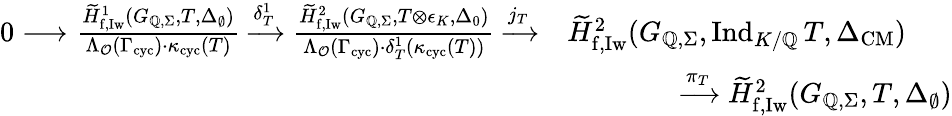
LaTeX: \begin{array}{r}{\begin{array}{rl}{0\longrightarrow\frac{\widetilde{H}_{\mathrm{f,Iw}}^{1}(G_{\mathbb{Q},\Sigma},T,\Delta_{\emptyset})}{\Lambda_{\mathcal{O}}(\Gamma_{\textup{cyc}})\cdot\kappa_{\textup{cyc}}(T)}\xrightarrow{\delta_{T}^{1}}\frac{\widetilde{H}_{\mathrm{f,Iw}}^{2}(G_{\mathbb{Q},\Sigma},T\otimes\epsilon_{K},\Delta_{0})}{\Lambda_{\mathcal{O}}(\Gamma_{\textup{cyc}})\cdot\delta_{T}^{1}(\kappa_{\textup{cyc}}(T))}\xrightarrow{j_{T}}}&{\widetilde{H}_{\mathrm{f,Iw}}^{2}(G_{\mathbb{Q},\Sigma},\mathrm{Ind}_{K/\mathbb{Q}}\, T,\Delta_{\mathrm{CM}})}\\ &{\qquad\qquad\xrightarrow{\pi_{T}}\widetilde{H}_{\mathrm{f,Iw}}^{2}(G_{\mathbb{Q},\Sigma},T,\Delta_{\emptyset})}\end{array}}\end{array}